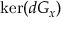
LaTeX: \ker ( d G _ { x } )